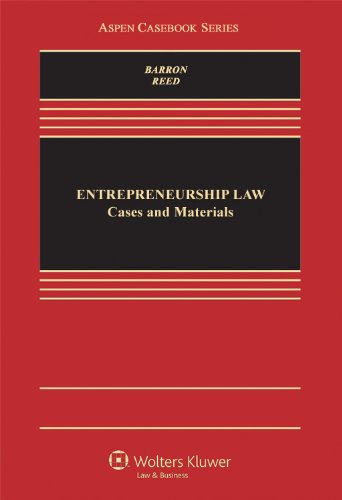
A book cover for Entrepreneurship Law: Cases & Materials (Aspen Casebooks); Stephen F. Reed; Law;